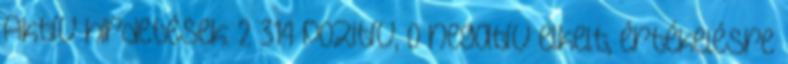
Aktív hirdetések: 2 314 pozitív, 0 negatív elkelt, értékelésre